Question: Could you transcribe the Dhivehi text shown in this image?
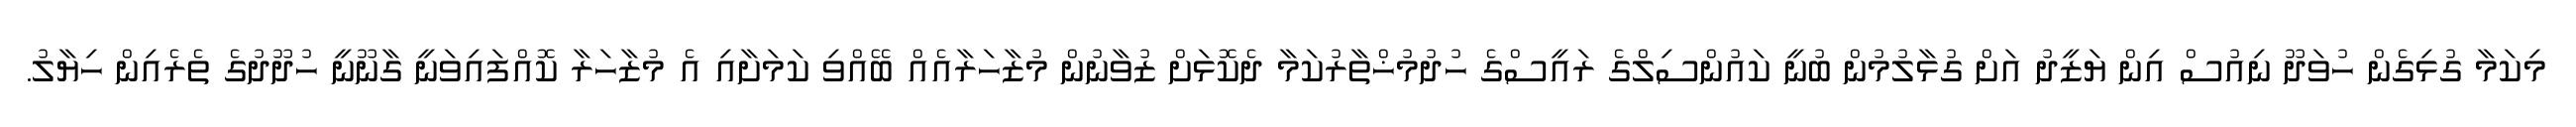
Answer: މިކަމާ ގުޅިގެން ހުވަދޫ ނިއުސް އިން ޔަޒީދު އަށް ގުޅާލުމުން ބުނީ ކައުންސިލްގެ ރައީސްގެ ހުދުމުޚްތާރުކަމާ ދެކޮޅަށް ޒުވާނުން މުޒާހަރާއެއް ބޭއްވި ކަމަށާއި އެ މުޒާހަރާ ކޮއްފައިވަނީ ގާނޫނީ ހުދޫދުގެ ތެރެއިން ހިޔާލު.